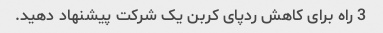
3 راه برای کاهش ردپای کربن یک شرکت پیشنهاد دهید.